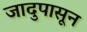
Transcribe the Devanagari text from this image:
जादुपासून